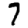
Digit: 7